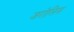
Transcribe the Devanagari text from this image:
जरोलिम